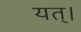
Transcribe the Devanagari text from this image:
यत्।